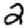
Digit: 2